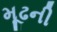
મૂઢની